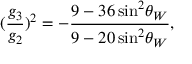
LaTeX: ( \frac { g _ { 3 } } { g _ { 2 } } ) ^ { 2 } = - \frac { 9 - 3 6 \, \mathrm { s i n } ^ { 2 } \theta _ { W } } { 9 - 2 0 \, \mathrm { s i n } ^ { 2 } \theta _ { W } } ,